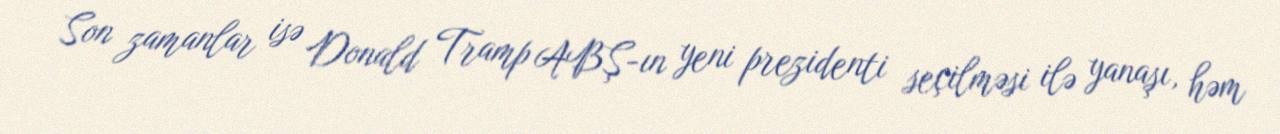
Son zamanlar isə Donald Tramp ABŞ-ın yeni prezidenti seçilməsi ilə yanaşı, həm